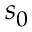
s _ { 0 }